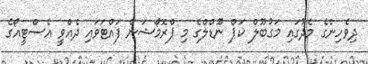
ދިވެހިންގެ މެދުގައި މަގުބޫލް ކަޕް ނޫޑްލްގެ މި ޕްރޮމޯޝަން ފައްޓަވައި ދެއްވީ އެސްޓީއޯގެ